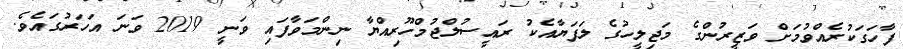
ފާހަގަކުރެއްވުމަށް ވަޒީރުންގެ މަޖިލީހުގެ ލަފަޔާއެކު ރައީސުލްޖުމްހޫރިއްޔާ ނިންމަވާފައި ވަނީ 2019 ވަނަ އަހަރުގައެވެ.